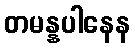
တမန္နပါနေန